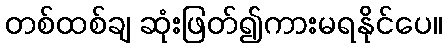
တစ်ထစ်ချ ဆုံးဖြတ်၍ကားမရနိုင်ပေ။